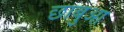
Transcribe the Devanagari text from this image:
छाबुआ